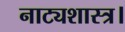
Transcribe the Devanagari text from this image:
नाट्यशास्त्र।